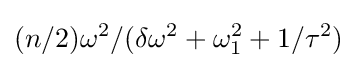
(n/2)\omega ^{2}/(\delta \omega ^{2}+\omega _{1}^{2}+1/\tau ^{2})